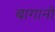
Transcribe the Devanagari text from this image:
बागानो